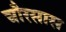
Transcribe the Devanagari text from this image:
चौरसास